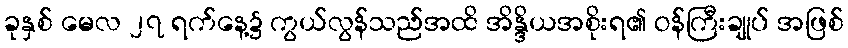
ခုနှစ် မေလ ၂၇ ရက်နေ့၌ ကွယ်လွန်သည်အထိ အိန္ဒိယအစိုးရ၏ ဝန်ကြီးချုပ် အဖြစ်